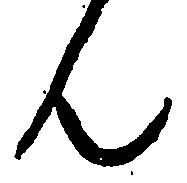
ん